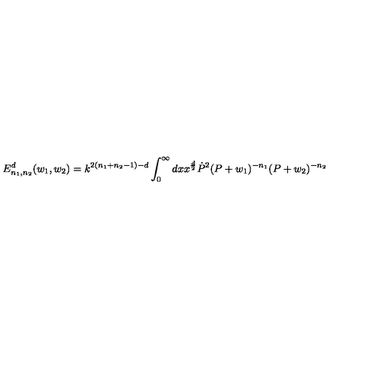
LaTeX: E _ { n _ { 1 } , n _ { 2 } } ^ { d } ( w _ { 1 } , w _ { 2 } ) = k ^ { 2 ( n _ { 1 } + n _ { 2 } - 1 ) - d } \int _ { 0 } ^ { \infty } { d } x x ^ { \frac { d } { 2 } } \dot { P } ^ { 2 } ( P + w _ { 1 } ) ^ { - n _ { 1 } } ( P + w _ { 2 } ) ^ { - n _ { 2 } }